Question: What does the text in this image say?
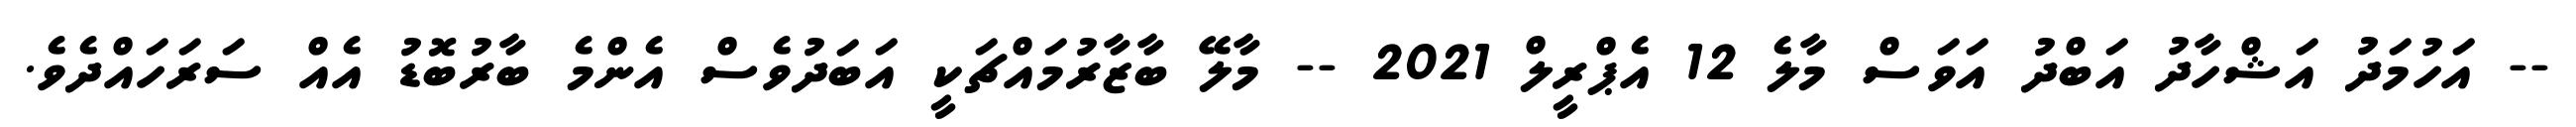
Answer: -- އަހުމަދު އަޝްހާދު އަބްދު އަވަސް މާލެ 12 އެޕްރީލް 2021 -- މާލޭ ބާޒާރުމައްޗަކީ އަބަދުވެސް އެންމެ ބާރުބޮޑު އެއް ސަރަހައްދެވެ.